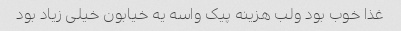
غذا خوب بود ولب هزینه پیک واسه یه خیابون خیلی زیاد بود